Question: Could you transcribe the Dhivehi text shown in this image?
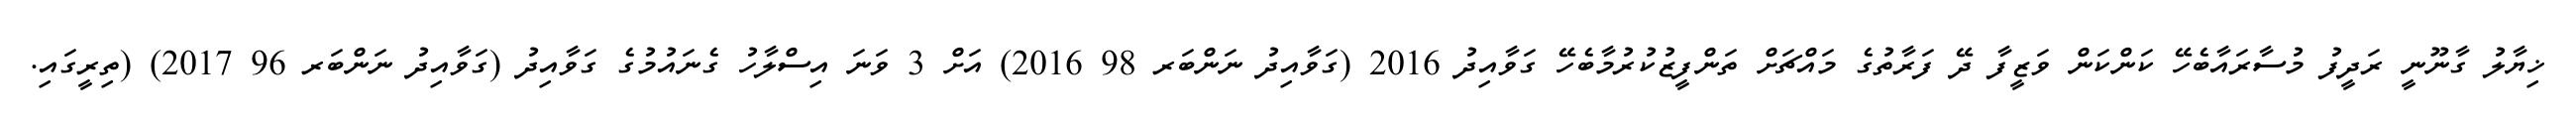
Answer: ޚިޔާލު ގާނޫނީ ރަދީފު މުސާރައާބެހޭ ކަންކަން ވަޒީފާ ދޭ ފަރާތުގެ މައްޗަށް ތަންފީޒުކުރުމާބެހޭ ގަވާއިދު 2016 (ގަވާއިދު ނަންބަރ 98 2016) އަށް 3 ވަނަ އިސްލާހު ގެނައުމުގެ ގަވާއިދު (ގަވާއިދު ނަންބަރ 96 2017) (ތިރީގައި.